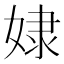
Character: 𡝯